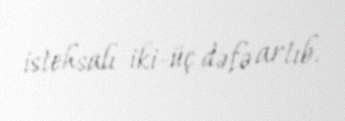
istehsalı iki-üç dəfə artıb.